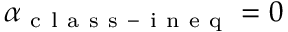
\alpha _ { \mathrm { ~ c ~ l ~ a ~ s ~ s ~ - ~ i ~ n ~ e ~ q ~ } } = 0